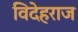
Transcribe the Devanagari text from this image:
विदेहराज